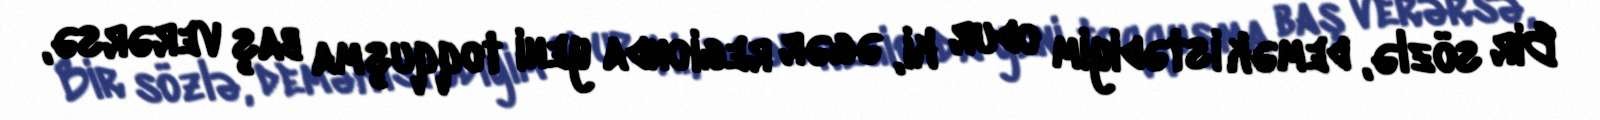
Bir sözlə, demək istədiyim odur ki, əgər regionda yeni toqquşma baş verərsə,